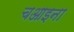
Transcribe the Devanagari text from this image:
चआइना